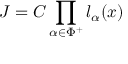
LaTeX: J = C \prod _ { \alpha \in \Phi ^ { + } } l _ { \alpha } ( x )